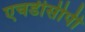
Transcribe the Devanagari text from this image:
एचडीसीपी